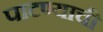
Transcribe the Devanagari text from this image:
पाटण्याची